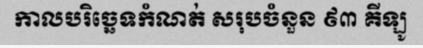
កាលបរិច្ឆេទកំណត់ សរុបចំនួន ៩៣ គីឡូ